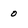
Character: 0